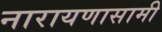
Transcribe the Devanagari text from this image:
नारायणासामी